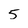
Character: 5